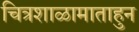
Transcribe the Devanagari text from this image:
चित्रशाळामाताहुन